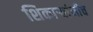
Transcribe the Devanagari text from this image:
शिकार्‍यांनीच